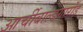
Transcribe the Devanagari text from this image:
आर्चीबाल्डगार्रोड़